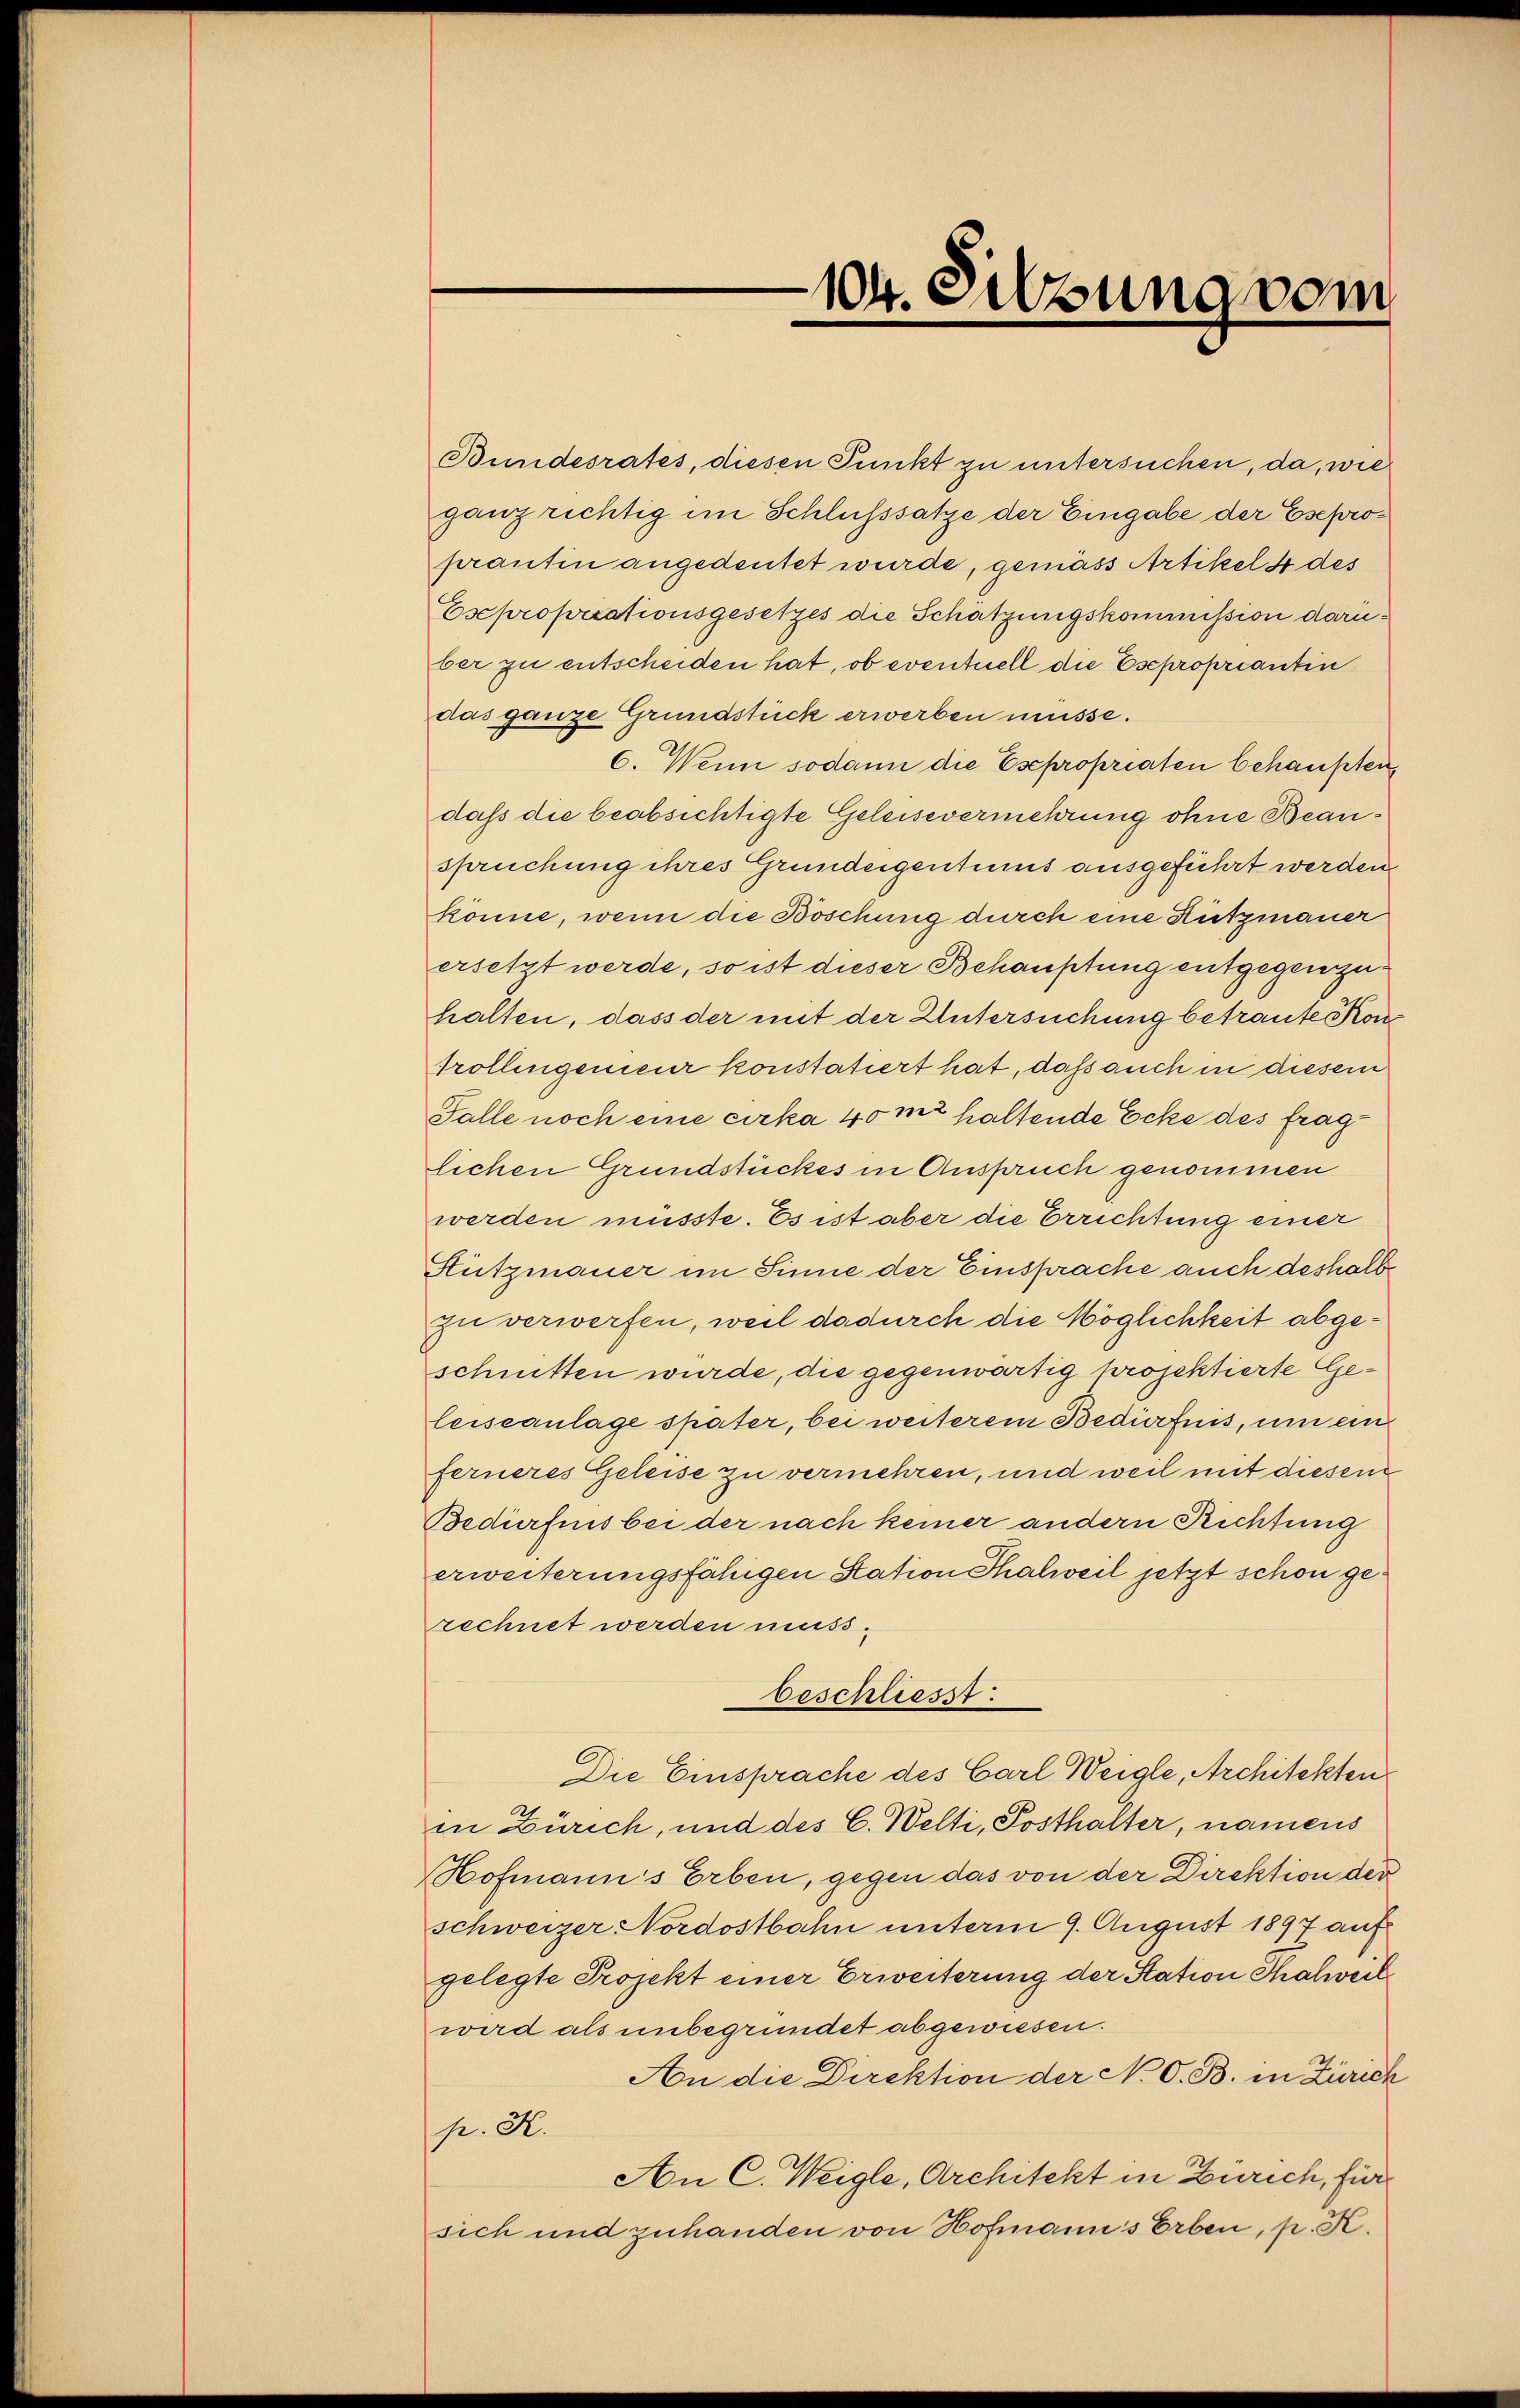
104. Sitzung vom

ganz richtig im Schlusssatze der Eingabe der Eseproprantin angedeutet wurde, gemäss Artikels des
Esepropriationsgesetzes die Schätzungskommission daruber zu entscheiden hat, ob eventuell die Esepropriantin
das ganze Grundstück erwerben müsse.
6. Wenn sodann die Esepropriaten behaupten
dass die beabsichtigte Geleisevermehrung ohne Beauspruchung ihres Grundeigentums ausgeführt werden
könne, wenn die Böschung durch eine Hützmauer
ersetzt werde, so ist dieser Behauptung entgegengehalten, dass der mit der Untersuchung betraute Kon
Trollingenieur konstatiert hat, daß auch in diesem
Falle noch eine cirka 40 m haltende Ecke des fraglichen Grundstückes in Anspruch genommen
werden müsste. Es ist aber die Errichtung einer
Stützmauer im Sinne der Einsprache auch deshalb
zu verwerfen, weil dadurch die Möglichkeit abgeschnitten wurde, die gegenwärtig projektierte Geleiseanlage später, bei weiterem Bedürfnis, um ein
ferneres Geleise zu vermehren, und weil mit diesem
Bedürfnis bei der nach keiner andern Richtung
erweiterungsfähigen Station Thalweil jetzt schon gerechnet werden muss.
beschliesst:
Die Einsprache des Carl Weigle, Architekten
in Zürich, und des C. Welti, Posthalter, namens
Hofmanns Erben, gegen das von der Direktion der
schweizer Nordostbahn unterm 9. August 1897 auf
gelegte Projekt einer Erweiterung der Station Thalweil
wird als unbegründet abgewiesen.
An die Direktion der N. O. B. in Zürich
pr. K.
An C. Weigle, Architekt in Zürich, für
sich und zuhanden von Hofmanns Erben, p. K.

Bundesrates, diesen Punkt zu untersuchen, da, wie